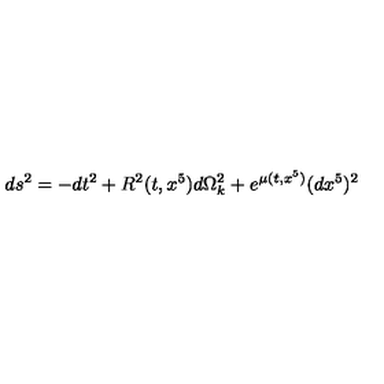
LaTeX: d s ^ { 2 } = - d t ^ { 2 } + R ^ { 2 } ( t , x ^ { 5 } ) d \Omega _ { k } ^ { 2 } + e ^ { { \mu } ( t , x ^ { 5 } ) } ( d x ^ { 5 } ) ^ { 2 }